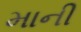
માની